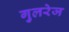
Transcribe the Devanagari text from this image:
गुलरेज